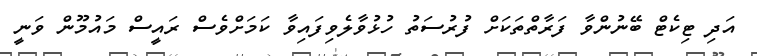
އަދި ޓިކެޓް ބޭނުންވާ ފަރާތްތަކަށް ފުރުސަތު ހުޅުވާލެވިފައިވާ ކަމަށްވެސް ރައީސް މައުމޫން ވަނީ